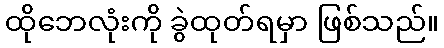
ထိုဘေလုံးကို ခွဲထုတ်ရမှာ ဖြစ်သည်။